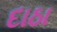
દાઠા